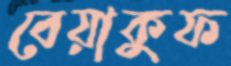
বেয়াকুফ